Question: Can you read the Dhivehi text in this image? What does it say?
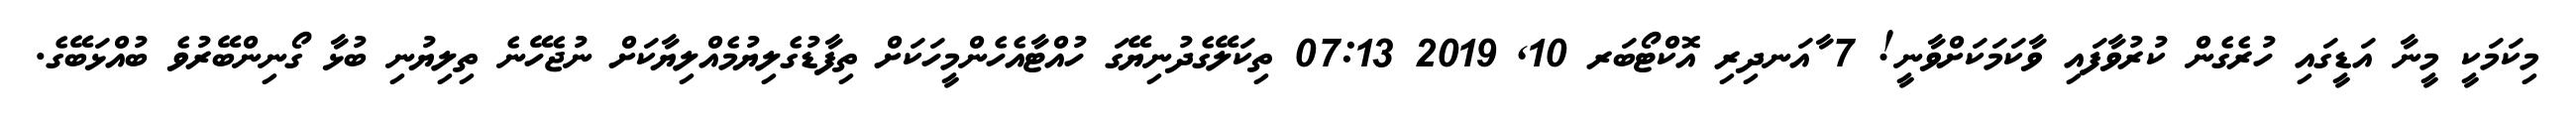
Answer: މިކަމަކީ މީނާ އަޑީގައި ހުރެގެން ކުރުވާފައި ވާކަމަކަށްވާނީ! 7 ާއަނދިރި އޮކްޓޯބަރ 10, 2019 07:13 ތިކަލޭގެދުނިޔޭގަ ހުއްޓާއެހެންމީހަކަށް ތިފާޑުގެލިޔުމެއްލިޔާކަށް ނުޖެހޭނެ ތިލިޔުނި ބުޅާ ގޯނިންބޭރުވެ ބުއްޅަބޭގެ.